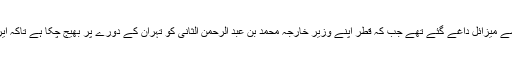
جنرل سلیمانی پر حملے کے لیے قطر سے میزائل داغے گئے تھے جب کہ قطر اپنے وزیر خارجہ محمد بن عبد الرحمٰن الثانی کو تہران کے دورے پر بھیج چکا ہے تاکہ ایران کے غصے میں کمی لائی جا سکے۔